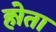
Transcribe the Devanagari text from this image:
होेता